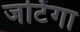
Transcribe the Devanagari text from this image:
जटिंगा